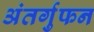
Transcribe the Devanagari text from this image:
अंतर्गुफन